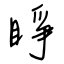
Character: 睜